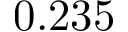
0 . 2 3 5